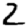
Digit: 2